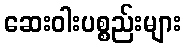
ဆေးဝါးပစ္စည်းများ